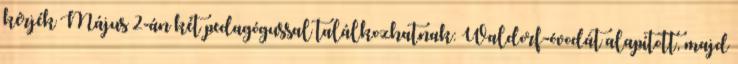
kérjék Május 2-án két pedagógussal találkozhatnak: Waldorf-óvodát alapított, majd